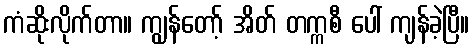
ကံဆိုးလိုက်တာ။ ကျွန်တော့် အိတ် တက္ကစီ ပေါ် ကျန်ခဲ့ပြီ။